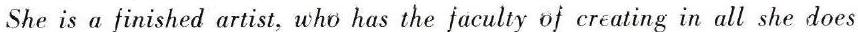
She is a finished artist, who has the faculty of creating in all she does